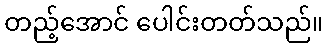
တည့်အောင် ပေါင်းတတ်သည်။